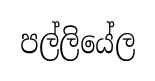
පල්ලියේල